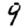
Digit: 9